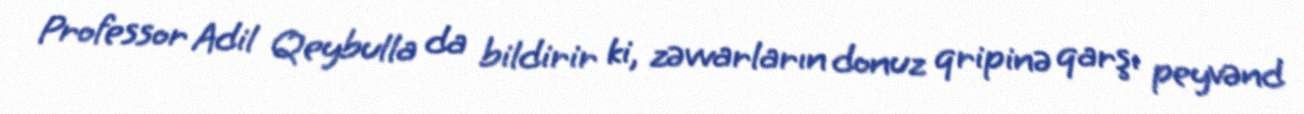
Professor Adil Qeybulla da bildirir ki, zəvvarların donuz qripinə qarşı peyvənd